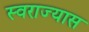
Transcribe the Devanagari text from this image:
स्वराज्यास